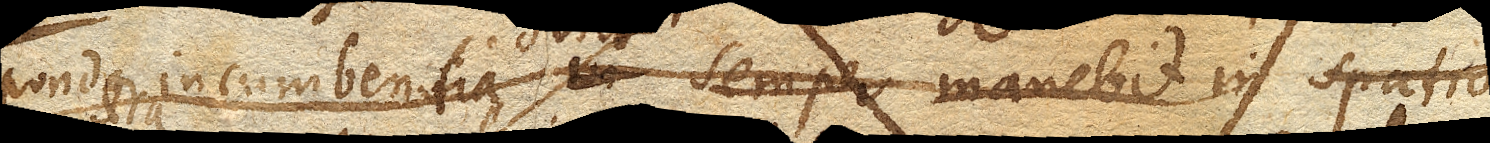
pondera incumbentia semper manebit in spatio